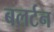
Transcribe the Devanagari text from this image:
बलर्टन